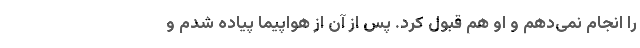
را انجام نمی‌دهم و او هم قبول کرد. پس از آن از هواپیما پیاده شدم و